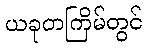
ယခုတကြိမ်တွင်